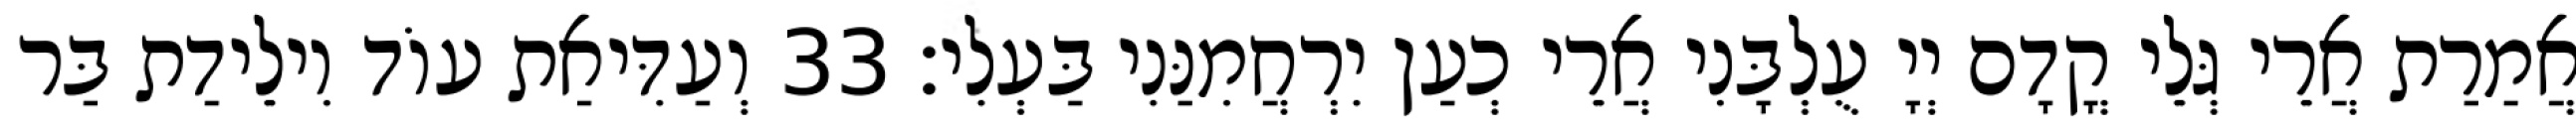
אֲמַרַת אֲרֵי גְּלֵי קֳדָם יְיָ עֻלְבָּנִי אֲרֵי כְעַן יִרְחֲמִנַּנִי בַּעְלִי׃ 33 וְעַדִּיאַת עוֹד וִילֵידַת בַּר